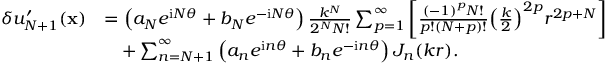
\begin{array} { r l } { \delta u _ { N + 1 } ^ { \prime } ( \mathbf x ) } & { = \left( { a _ { N } } { e ^ { \mathrm i N \theta } } + { b _ { N } } { e ^ { - \mathrm i N \theta } } \right) { \frac { { k ^ { N } } } { { 2 ^ { N } } N ! } } \sum _ { p = 1 } ^ { \infty } { \left[ { { \frac { { { ( - 1 ) } ^ { p } } N ! } { p ! ( N + p ) ! } } { { \left( { { \frac { k } { 2 } } } \right) } ^ { 2 p } } { r ^ { 2 p + N } } } \right] } } \\ & { \quad + \sum _ { n = N + 1 } ^ { \infty } { \left( { a _ { n } } { e ^ { \mathrm i n \theta } } + { b _ { n } } { e ^ { - \mathrm i n \theta } } \right) { J _ { n } } ( k r ) } . } \end{array}